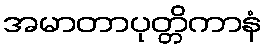
အမာတာပုတ္တိကာနံ